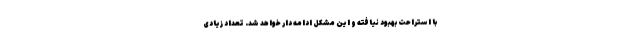
با استراحت بهبود نیافته و این مشکل ادامه دار خواهد شد. تعداد زیادی